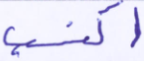
اكتسب